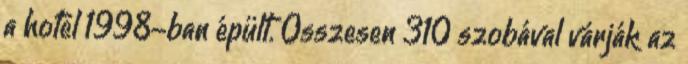
a hotel 1998-ban épült. Összesen 310 szobával várják az